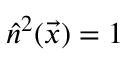
\hat { n } ^ { 2 } ( \vec { x } ) = 1